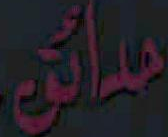
حدائق